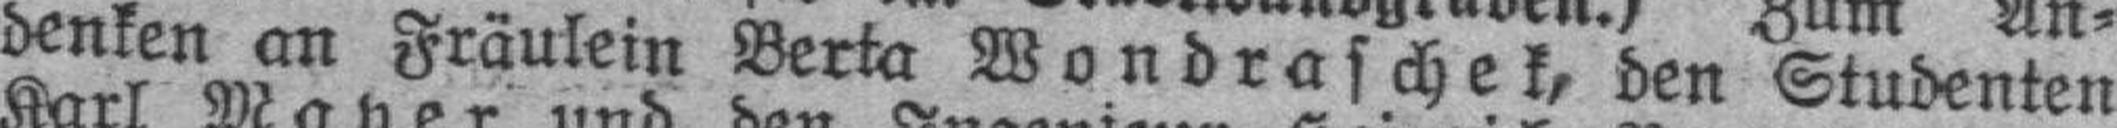
denken an Fräulein Berta Wondraschek, den Studenten